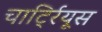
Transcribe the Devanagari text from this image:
चार्ट्रियूस